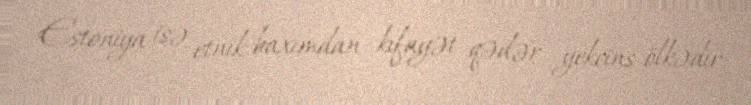
Estoniya isə etnik baxımdan kifayət qədər yekcins ölkədir.